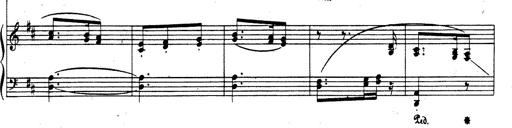
Title: Rhapsodie espagnole
Composer: Franz Liszt